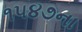
૧૫૪૭ના